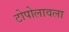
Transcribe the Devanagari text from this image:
टोपोलावला